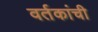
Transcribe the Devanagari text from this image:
वर्तकांची